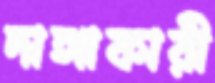
দাঙ্গাকারী